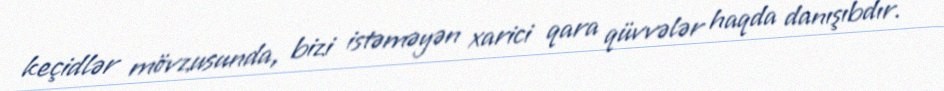
keçidlər mövzusunda, bizi istəməyən xarici qara qüvvələr haqda danışıbdır.